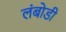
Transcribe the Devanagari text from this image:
लंबोडी